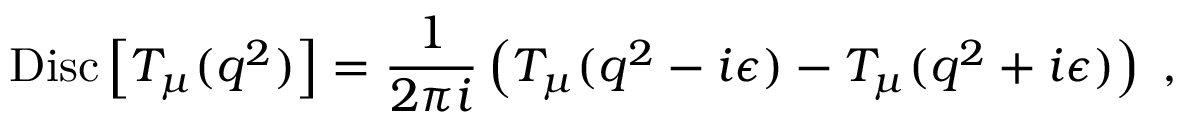
\mathrm { D i s c } \left[ T _ { \mu } ( q ^ { 2 } ) \right] = \frac { 1 } { 2 \pi i } \left( T _ { \mu } ( q ^ { 2 } - i \epsilon ) - T _ { \mu } ( q ^ { 2 } + i \epsilon ) \right) \; ,